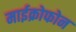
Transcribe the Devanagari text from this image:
माईक्रोफोन